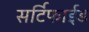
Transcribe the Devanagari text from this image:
सर्टिफाईड